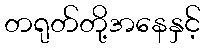
တရုတ်တို့အနေနှင့်